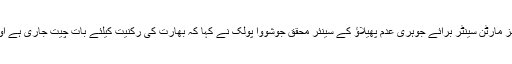
نیوکلیئر سپلائرز گروپ کی رکنیت کے بارے میں جیمز مارٹن سینٹر برائے جوہری عدم پھیلاؤ کے سینئر محقق جوشووا پولک نے کہا کہ بھارت کی رکنیت کیلئے بات چیت جاری ہے اور اسے بہت سے معاملات میں استثنیٰ بھی حاصل ہے۔